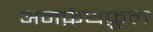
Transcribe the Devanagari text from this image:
अनफ़ेथफ़ुल